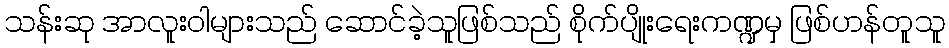
သန်းဆု အာလူးဝါများသည် ဆောင်ခဲ့သူဖြစ်သည် စိုက်ပျိုးရေးကဏ္ဍမှ ဖြစ်ဟန်တူသူ